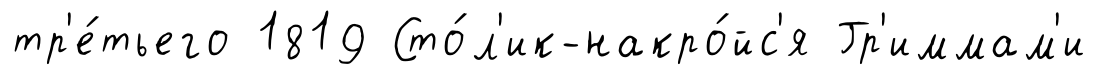
тр'е́тьего 1819 Сто́л'ик-накро́йс'я Гр'иммам'и